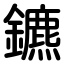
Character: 鑣